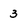
Character: 3